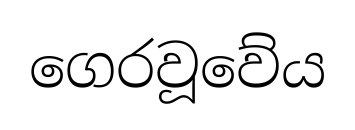
ගෙරවූවේය